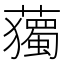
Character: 𧁿